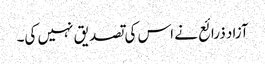
آزاد ذرائع نے اس کی تصدیق نہیں کی۔